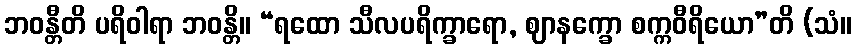
ဘဝန္တီတိ ပရိဝါရာ ဘဝန္တိ။ “ရထော သီလပရိက္ခာရော, ဈာနက္ခော စက္ကဝီရိယော”တိ (သံ။